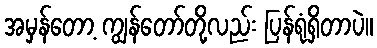
အမှန်တော့ ကျွန်တော်တို့လည်း ပြန်ရုံရှိတာပဲ။